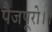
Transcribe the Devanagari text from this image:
पैजपूरो।।